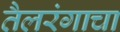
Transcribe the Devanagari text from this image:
तैलरंगाचा